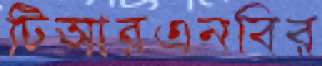
টিআরএনবির